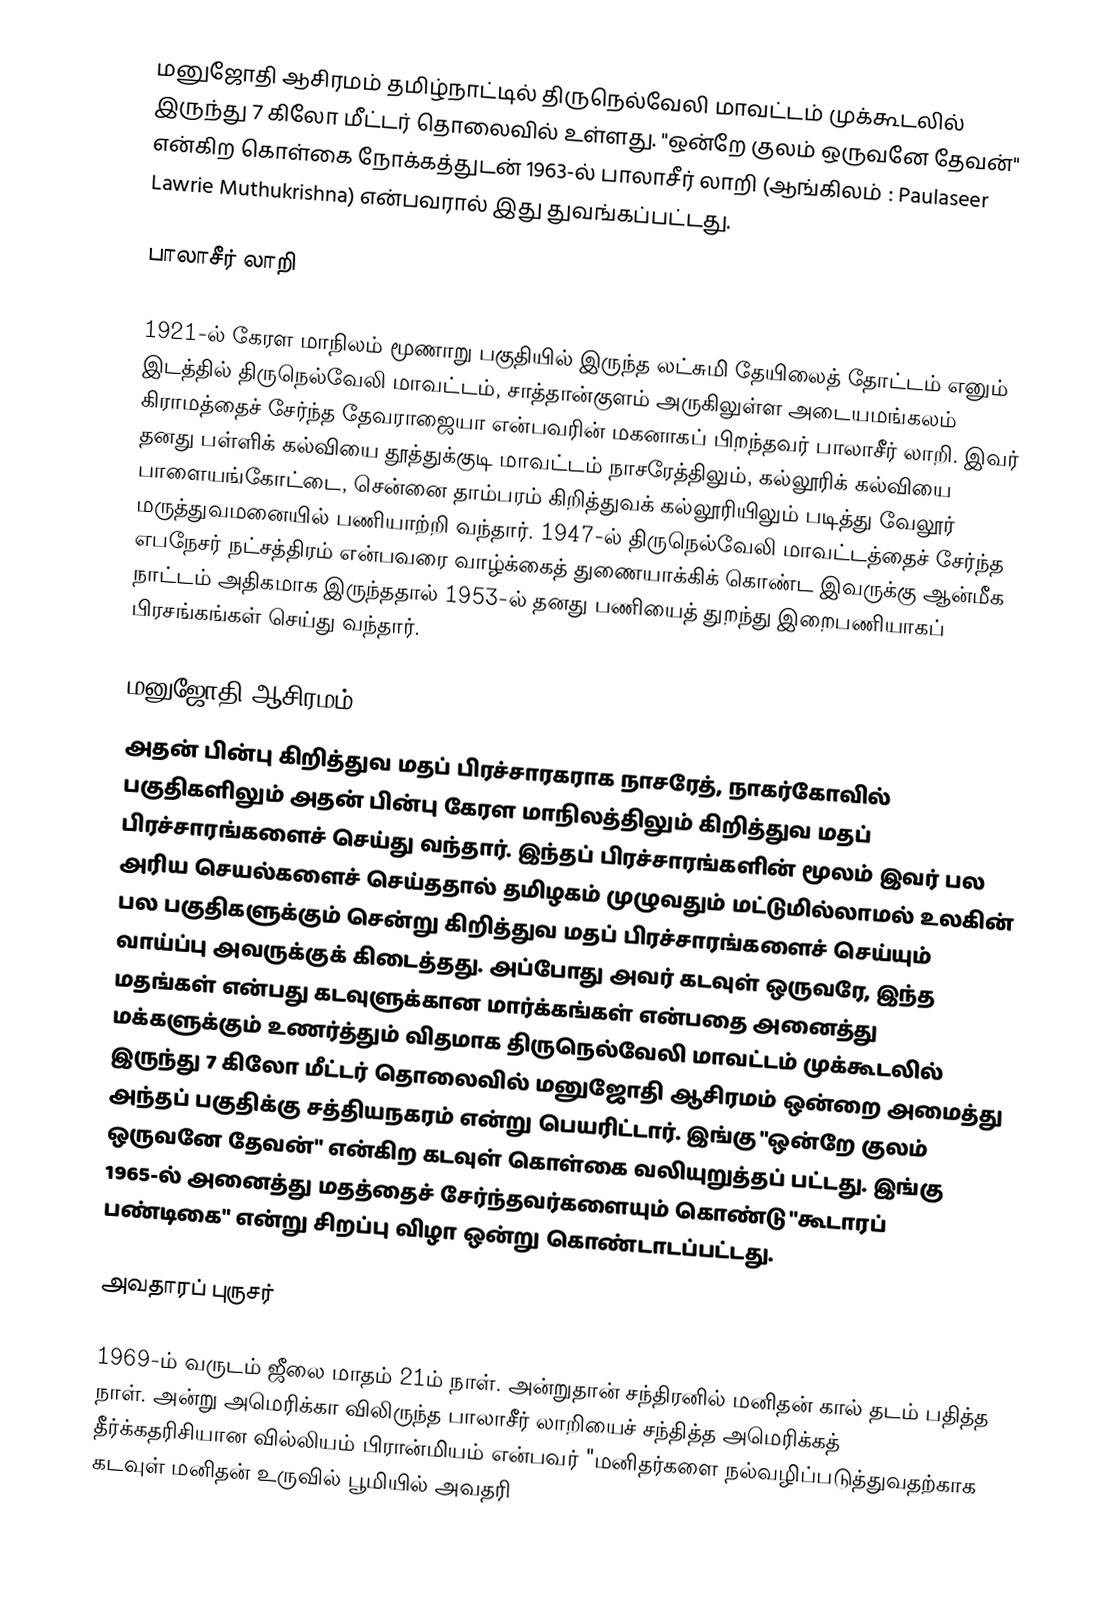
மனுஜோதி ஆசிரமம் தமிழ்நாட்டில் திருநெல்வேலி மாவட்டம் முக்கூடலில் இருந்து 7 கிலோ மீட்டர் தொலைவில் உள்ளது. "ஒன்றே குலம் ஒருவனே தேவன்" என்கிற கொள்கை நோக்கத்துடன் 1963-ல் பாலாசீர் லாறி  (ஆங்கிலம் : Paulaseer Lawrie Muthukrishna) என்பவரால் இது துவங்கப்பட்டது.

பாலாசீர் லாறி

1921-ல் கேரள மாநிலம் மூணாறு பகுதியில் இருந்த லட்சுமி தேயிலைத் தோட்டம் எனும் இடத்தில் திருநெல்வேலி மாவட்டம், சாத்தான்குளம் அருகிலுள்ள அடையமங்கலம் கிராமத்தைச் சேர்ந்த தேவராஜையா என்பவரின் மகனாகப் பிறந்தவர் பாலாசீர் லாறி. இவர் தனது பள்ளிக் கல்வியை தூத்துக்குடி மாவட்டம் நாசரேத்திலும், கல்லூரிக் கல்வியை பாளையங்கோட்டை, சென்னை தாம்பரம் கிறித்துவக் கல்லூரியிலும் படித்து வேலூர் மருத்துவமனையில் பணியாற்றி வந்தார். 1947-ல் திருநெல்வேலி மாவட்டத்தைச் சேர்ந்த எபநேசர் நட்சத்திரம் என்பவரை வாழ்க்கைத் துணையாக்கிக் கொண்ட இவருக்கு ஆன்மீக நாட்டம் அதிகமாக இருந்ததால் 1953-ல் தனது பணியைத் துறந்து இறைபணியாகப் பிரசங்கங்கள் செய்து வந்தார்.

மனுஜோதி ஆசிரமம்
அதன் பின்பு கிறித்துவ மதப் பிரச்சாரகராக  நாசரேத், நாகர்கோவில் பகுதிகளிலும் அதன் பின்பு கேரள மாநிலத்திலும் கிறித்துவ மதப் பிரச்சாரங்களைச் செய்து வந்தார். இந்தப் பிரச்சாரங்களின் மூலம் இவர் பல அரிய செயல்களைச் செய்ததால் தமிழகம் முழுவதும் மட்டுமில்லாமல் உலகின் பல பகுதிகளுக்கும் சென்று கிறித்துவ மதப் பிரச்சாரங்களைச் செய்யும் வாய்ப்பு அவருக்குக் கிடைத்தது. அப்போது அவர் கடவுள் ஒருவரே, இந்த மதங்கள் என்பது கடவுளுக்கான மார்க்கங்கள் என்பதை அனைத்து மக்களுக்கும் உணர்த்தும் விதமாக திருநெல்வேலி மாவட்டம் முக்கூடலில் இருந்து 7 கிலோ மீட்டர் தொலைவில் மனுஜோதி ஆசிரமம் ஒன்றை அமைத்து அந்தப் பகுதிக்கு சத்தியநகரம் என்று பெயரிட்டார்.  இங்கு "ஒன்றே குலம் ஒருவனே தேவன்" என்கிற கடவுள் கொள்கை வலியுறுத்தப் பட்டது. இங்கு 1965-ல் அனைத்து மதத்தைச் சேர்ந்தவர்களையும் கொண்டு "கூடாரப் பண்டிகை"  என்று சிறப்பு விழா ஒன்று கொண்டாடப்பட்டது.

அவதாரப் புருசர்

1969-ம் வருடம் ஜீலை மாதம் 21ம் நாள். அன்றுதான் சந்திரனில் மனிதன் கால் தடம் பதித்த நாள். அன்று அமெரிக்கா விலிருந்த பாலாசீர் லாறியைச் சந்தித்த அமெரிக்கத் தீர்க்கதரிசியான வில்லியம் பிரான்மியம் என்பவர் "மனிதர்களை நல்வழிப்படுத்துவதற்காக கடவுள் மனிதன் உருவில் பூமியில் அவதரி